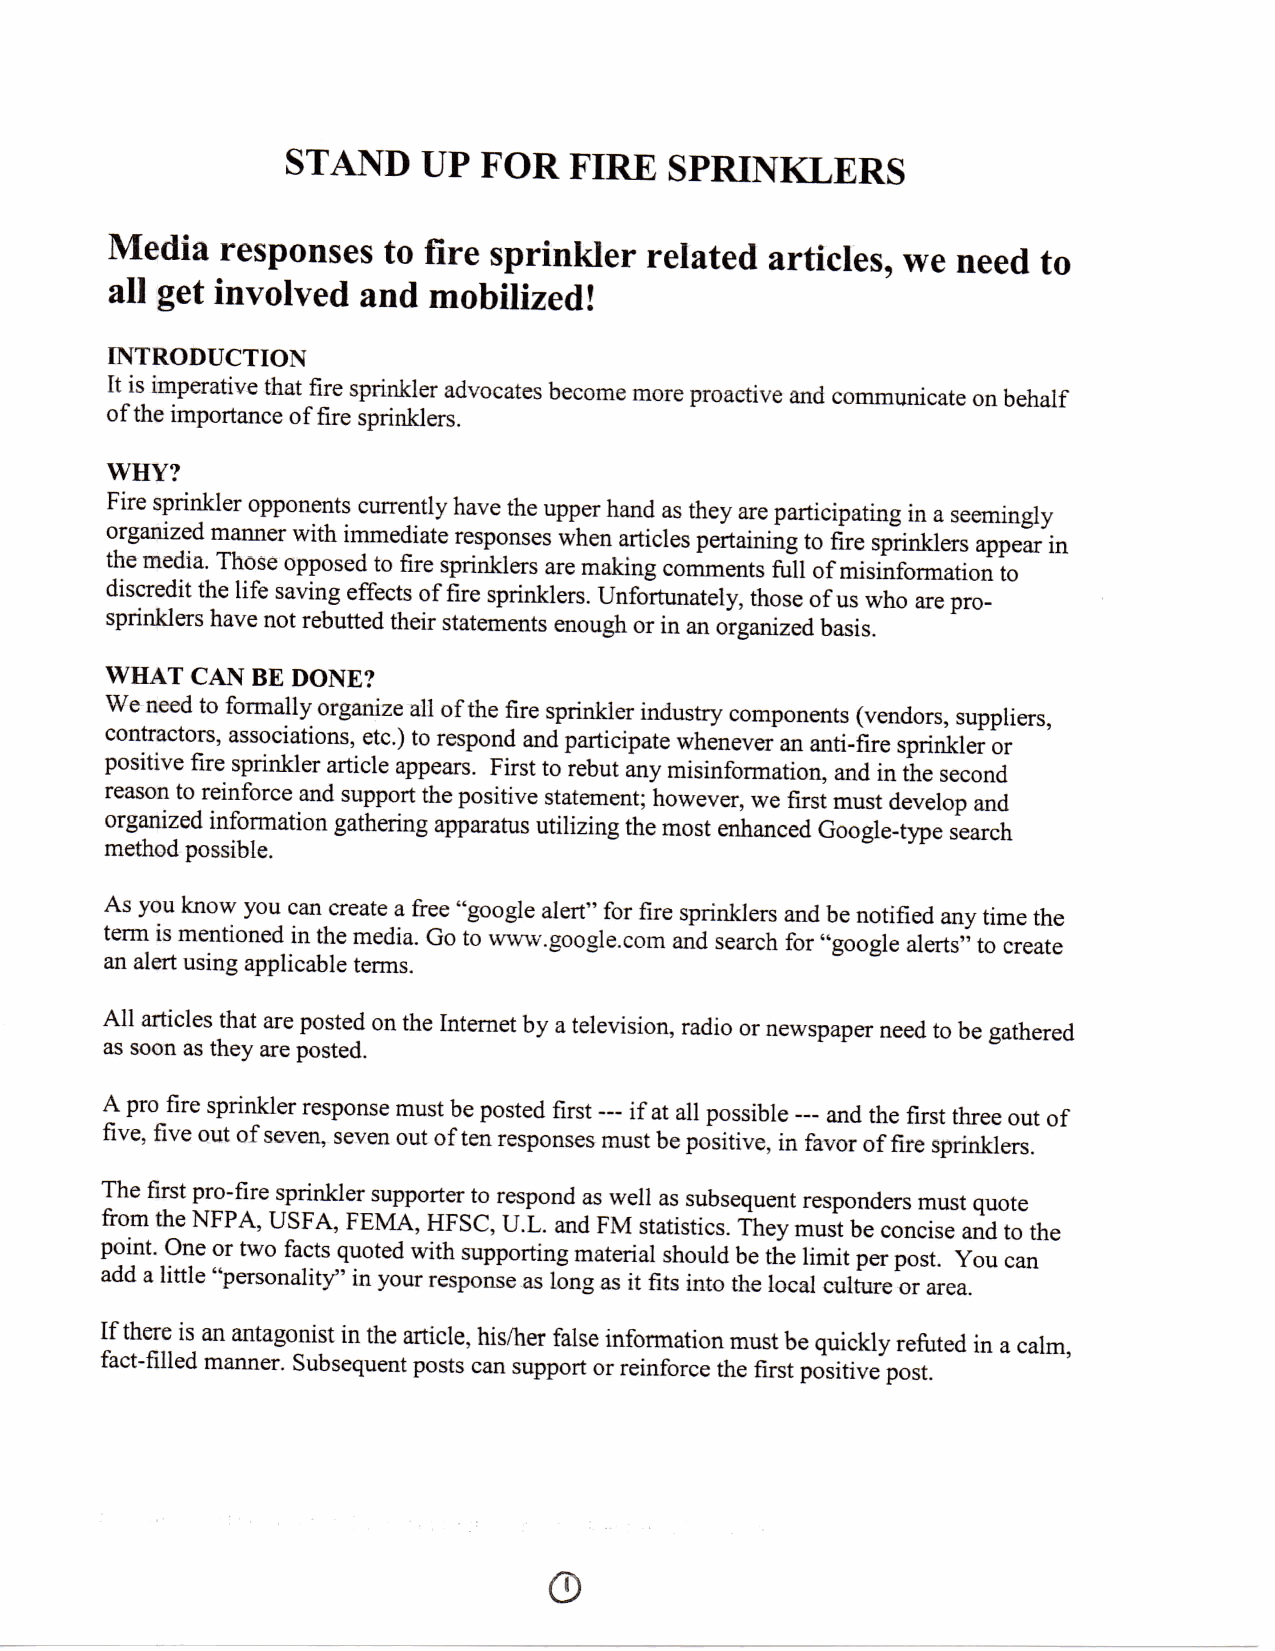
STAND    UP  FOR  FIRE   SPRINKLERS
 Media   responses  to fire sprinkler related articles, we need to
 all get involved and  mobilized!
 INTRODUCTION
 It is imperative that fire sprinkler advocates become more proactive and communicate on behalf
 of the importance of fire sprinklers.
 WHY?
 Fire sprinkler opponents currently have the upper hand as they are participating in a seemingly
 organized manner with immediate responses when articles pertaining to fire sprinklers appear in
 the media. Those opposed to fire sprinklers are making comments full of misinformation to
 discredit the life saving effects of fire sprinklers. Unfortunately, those of us who are pro-
 sprinklers have not rebutted their statements enough or in an organized basis.
 WHAT CAN BE DONE?
 We need to formally organize all of the fire sprinkler industry components (vendors, suppliers,
 contractors, associations, etc.) to respond and participate whenever an anti-fire sprinkler or
 positive fire sprinkler article appears. First to rebut any misinformation, and in the second
 reason to reinforce and support the positive statement; however, we first must develop and
 organized information gathering apparatus utilizing the most enhanced Google-type search
 method possible.
 As you know you can create a free "google alert" for fire sprinklers and be notified any time the
 term is mentioned in the media. Go to www.google.com and search for "google alerts" to create
 an alert using applicable terms.
 All articles that are posted on the Internet by a television, radio or newspaper need to be gathered
 as soon as they are posted.
 A pro fire sprinkler response must be posted first — if at all possible — and the first three out of
 five, five out of seven, seven out of ten responses must be positive, in favor of fire sprinklers.
 The first pro-fire sprinkler supporter to respond as well as subsequent responders must quote
 from the NFPA, USFA, FEMA, HFSC, U.L. and FM statistics. They must be concise and to the
 point. One or two facts quoted with supporting material should be the limit per post. You can
 add a little "personality" in your response as long as it fits into the local culture or area.
 If there is an antagonist in the article, his/her false information must be quickly refuted in a calm,
 fact-filled manner. Subsequent posts can support or reinforce the first positive post.
 0